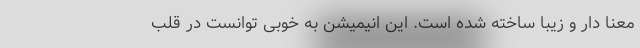
معنا دار و زیبا ساخته شده است. این انیمیشن به خوبی توانست در قلب